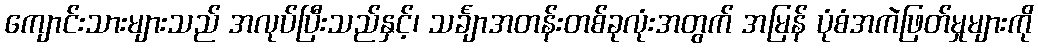
ကျောင်းသားများသည် အလုပ်ပြီးသည်နှင့်၊ သင်္ချာအတန်းတစ်ခုလုံးအတွက် အမြန် ပုံစံအကဲဖြတ်မှုများကို